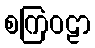
စကြဝဠာ